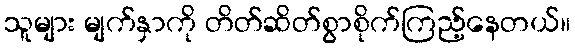
သူများ မျက်နှာကို တိတ်ဆိတ်စွာစိုက်ကြည့်နေတယ်။